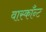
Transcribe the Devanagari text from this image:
वास्काँन्ट